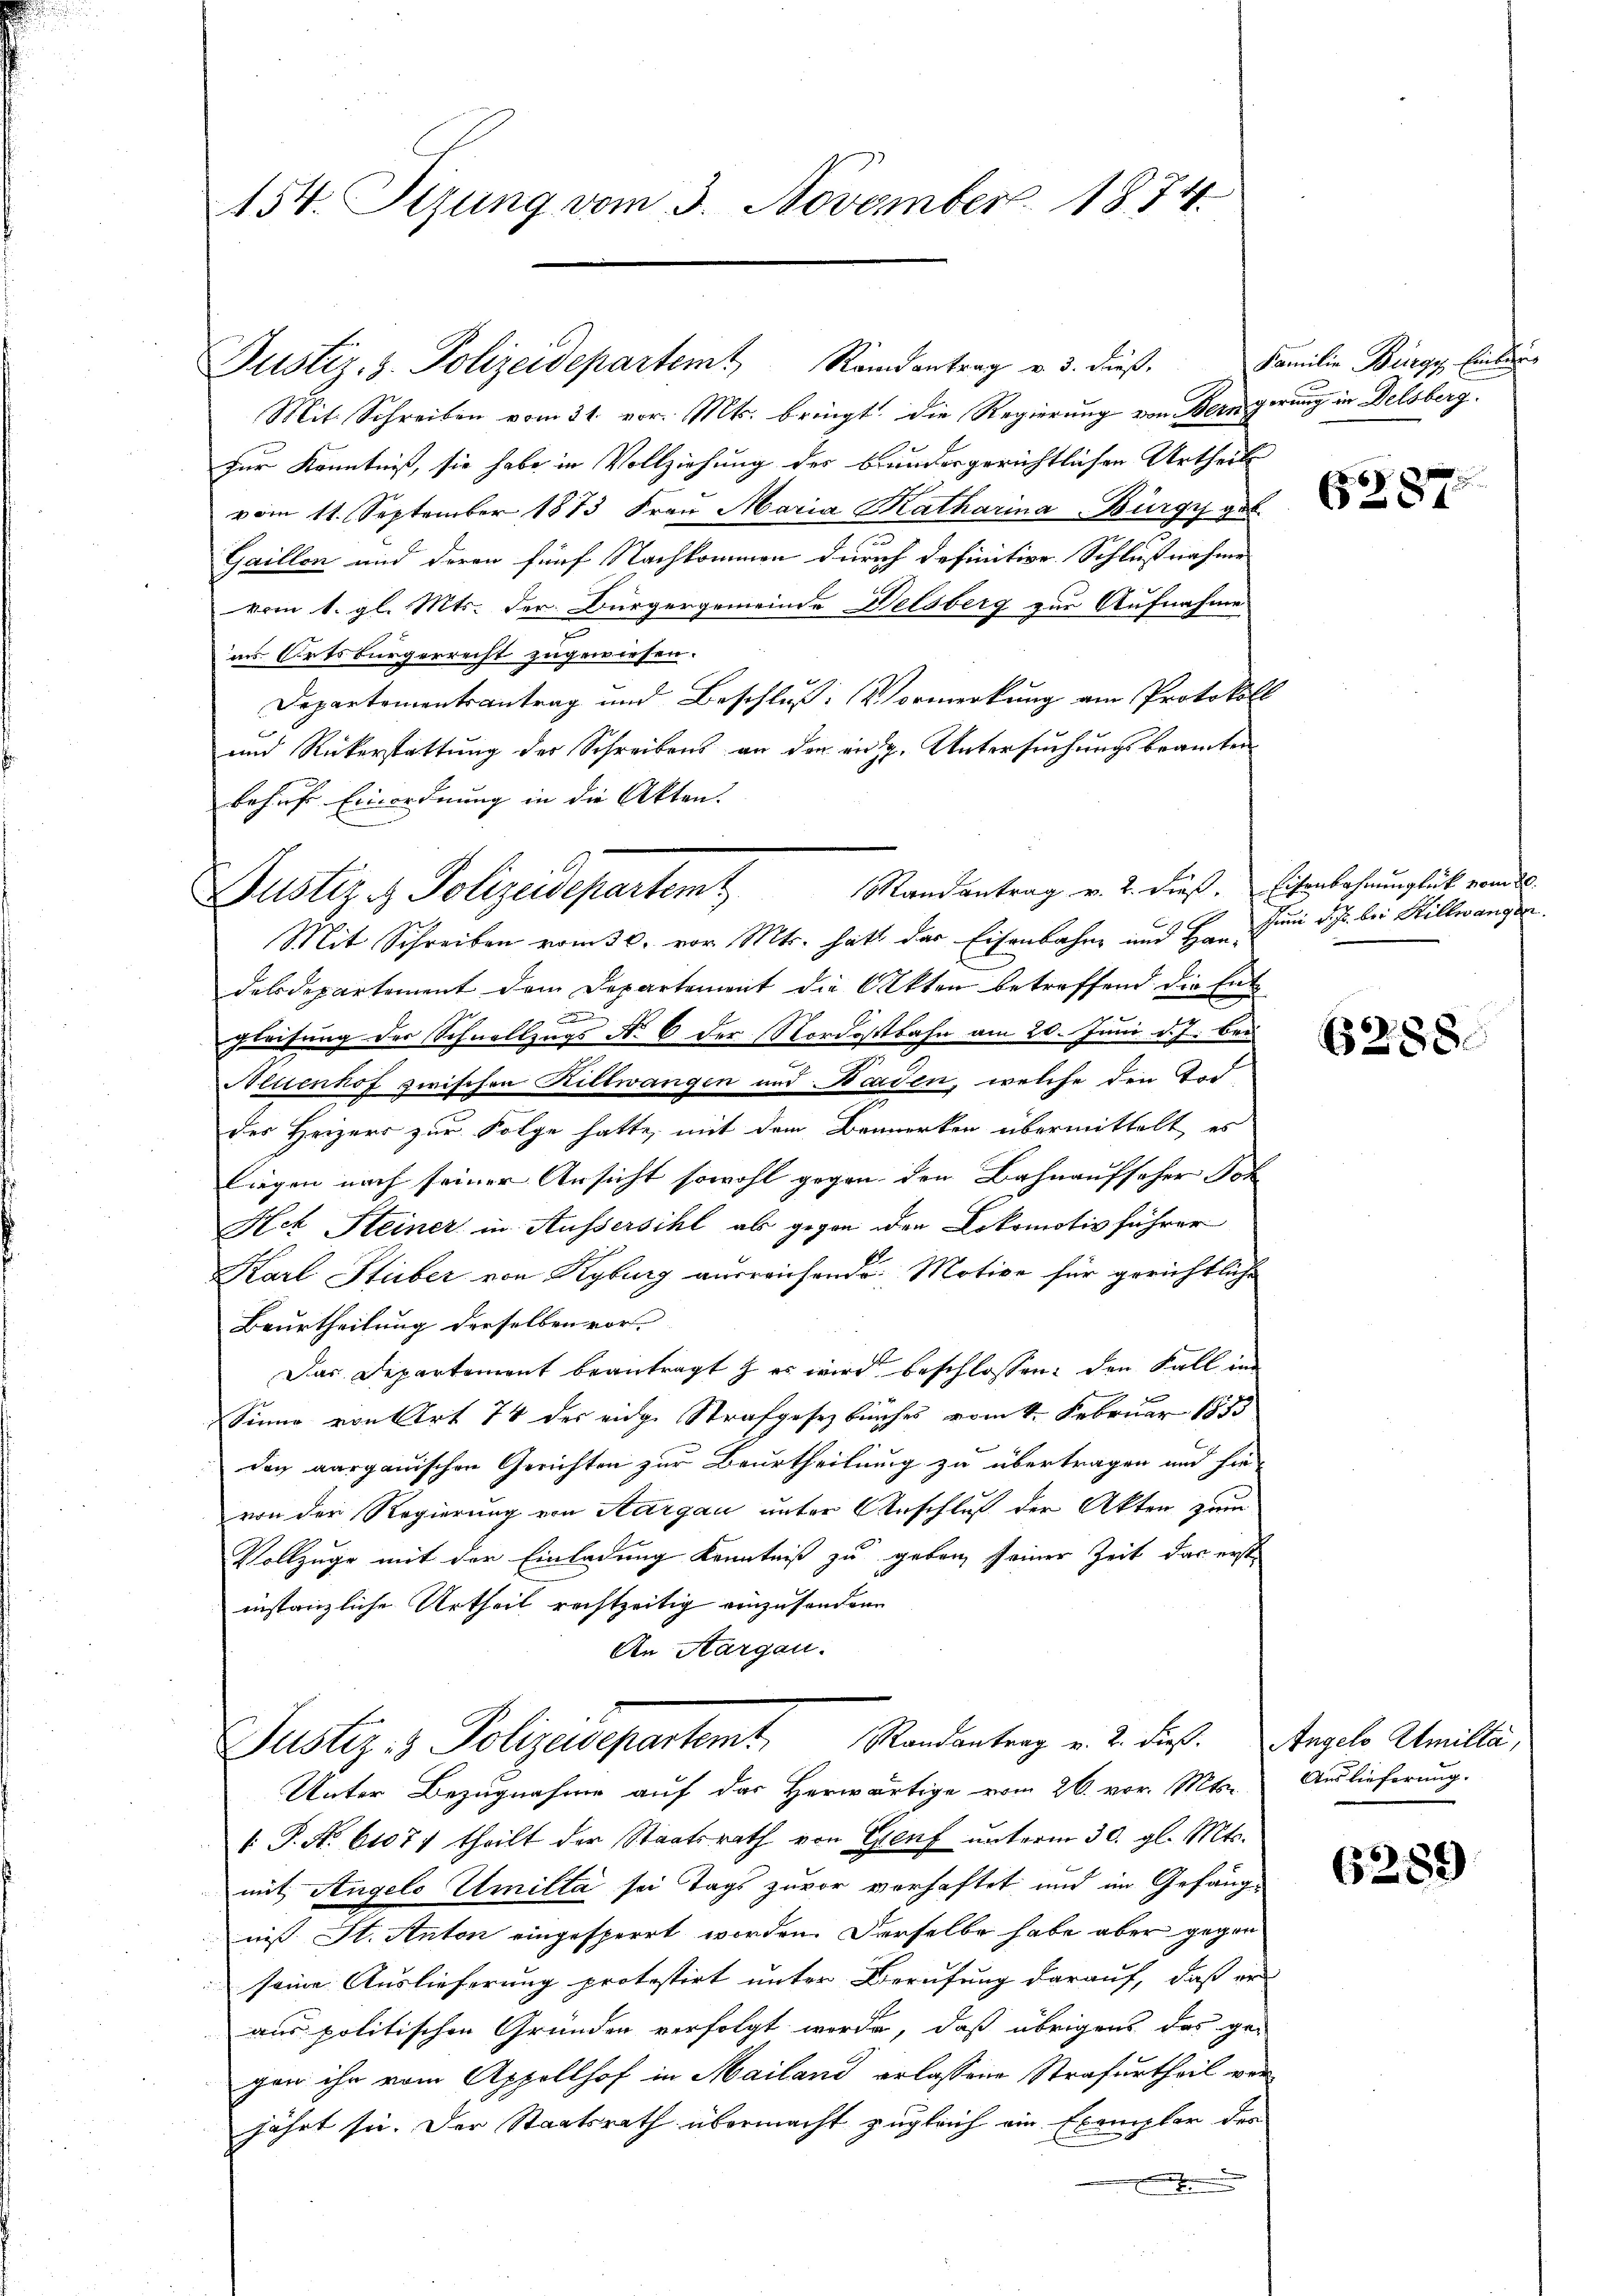
154. Sizung vom 3. November 1874.

Justiz- & Polizeidepartemt Randantrag v. 3. dieß,
Mit. Schreiben vom 31. vor. Mts. bringt. Die Regierung von Bern gerung in Delsberg.
zur Kenntniß, sie habe in Vollziehung des brandergerichtlichen Urtheil
vom 11. September 1873 Frau Maria Katharina Bürgy geb.
Gaillon und deren fünf Nachkommen durch definitive Schlußnahme
vom 1. gl. Mts. der Bürgergemeinde Delsberg zur Aufnahme
ins Ortsbürgerrecht zugewiesen.
Departementsantrag und Beschluss: Vormerkung am Protokoll
und Rückerstattung der Schreibens an den an. Untersuchungsbeamten
behufe Einordnung in die Akten.
Mandantrag v. 2. dieß. Eisenbahnunglück vom 20.
Mit Schreiben vom 30. vor. Mts. hatt der Eisenbahne und Han-
delsdepartement dem Departement die Akten betreffend die Ent¬
9
preisung der Schnellzugs No 6 der Nordostbahn am 20. Juni d. J. bei
Aluenhof zwischen Kiltwangen und Baden, welche den Tod
u
des Heizers zur Folge hatte, mit dem Bemerken übermittelt es
liegen nach seiner Ansicht sowohl gegen den Bahnaufseher Soh
Hch Steiner in Aussersihl als gegen den Lokomotiv führer
Karl Stüber von Kyburg ausreichende Motive für gerichtliche
Beurtheilung derselben vor.
Das Departement beantragt & es wird beschlossen: den Fall im
Sinne von Art 74 des eidge Strafgesetzbuches vom 4. Februar 1883
dac aargauischen Gerichten zur Beurtheilung zu übertragen und hie-
von der Regierung von Aargau unter Anschluß der Akten zum
Vollzuge mit der Einladung Kenntniß zu geben, seiner Zeit das erste
instanzliche Urtheil rechtzeitig einzusendene
An Aargau.
Justiz- & Polizeidepartemt Randantrag v. 2. dieß. Angelo Amille,
Unter Bezugnahme auf des Herwärtige vom 26. vor. Mts. Auslieferung.
.P. Nr. 61077 theilt der Staatsrath von Genf unterm 30. gl. Mts.
mit Angelo Umilta sei Tags zuvor vorhaftet und im Gefängnis. St. Anton eingesperrt worden. Derselbe habe aber gegen
seine Auslieferung protestirt unter Berufung darauf, daß er
aus politischen Gründen verfolgt werde, daß übrigens das ge-
gen ihr vom Appellhof in Mailand erlassene Strafurtheil vorjährt sei. Der Staatsrath übermacht zugleich ein Exemplar der

Justiz & Polizeidepartent

Familie Bürgy Einburg

287

Juni d. Js. bei Billwangen.

6288.

6259